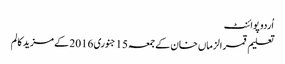
اُردو پوائنٹ
تعلیم قمر الزماں خان کے جمعہ 15 جنوری 2016 کے مزید کالم